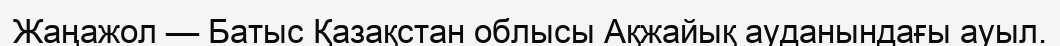
Жаңажол — Батыс Қазақстан облысы Ақжайық ауданындағы ауыл.